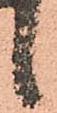
候